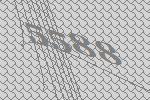
5588